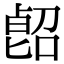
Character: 𠸿